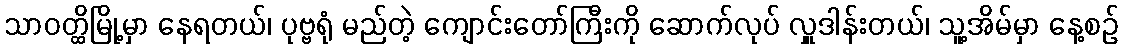
သာဝတ္ထိမြို့မှာ နေရတယ်၊ ပုဗ္ဗရုံ မည်တဲ့ ကျောင်းတော်ကြီးကို ဆောက်လုပ် လှူဒါန်းတယ်၊ သူ့အိမ်မှာ နေ့စဉ်